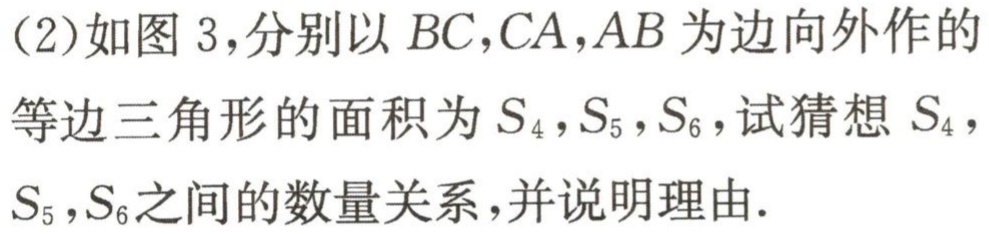
(2)如图 3,分别以 \(BC,CA,AB\)为边向外作的
等边三角形的面积为 \(S_{4},S_{5},S_{6}\),试猜想 \(S_{4}\),
\(S_{5},S_{6}\)之间的数量关系,并说明理由.